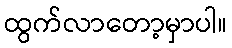
ထွက်လာတော့မှာပါ။